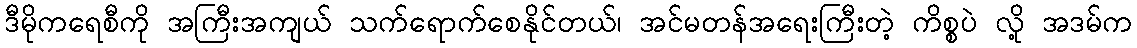
ဒီမိုကရေစီကို အကြီးအကျယ် သက်ရောက်စေနိုင်တယ်၊ အင်မတန်အရေးကြီးတဲ့ ကိစ္စပဲ လို့ အဒမ်က